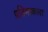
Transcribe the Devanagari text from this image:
प्रतिमाकला